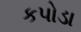
કપોડા